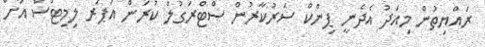
ރައްޔިތުން މިއަދު އެދެނީ ޕިންކް ސަރުކާރުން ސްޓްރަގުލް ކުރަން އަޕަރ ލިމިޓްސް އަށް